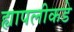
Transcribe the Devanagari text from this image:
ह्यापलीकडे